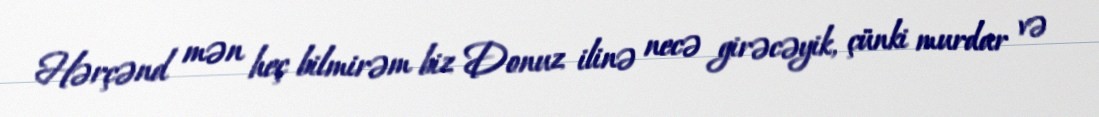
Hərçənd mən heç bilmirəm biz Donuz ilinə necə girəcəyik, çünki murdar və